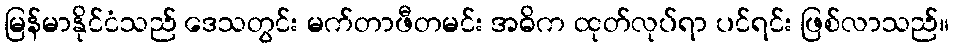
မြန်မာနိုင်ငံသည် ဒေသတွင်း မက်တာဖီတမင်း အဓိက ထုတ်လုပ်ရာ ပင်ရင်း ဖြစ်လာသည်။